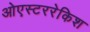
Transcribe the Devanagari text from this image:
ओएस्टररेकिश